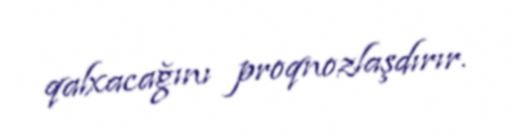
qalxacağını proqnozlaşdırır.